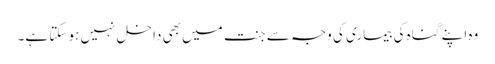
وہ اپنے گناہ کی بیماری کی وجہ سے جنت میں بھی داخل نہیں ہو سکتا ہے۔